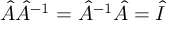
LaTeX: { \hat { A } } { \hat { A } } ^ { - 1 } = { \hat { A } } ^ { - 1 } { \hat { A } } = { \hat { I } }